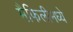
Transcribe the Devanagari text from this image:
मैफिलीमध्ये